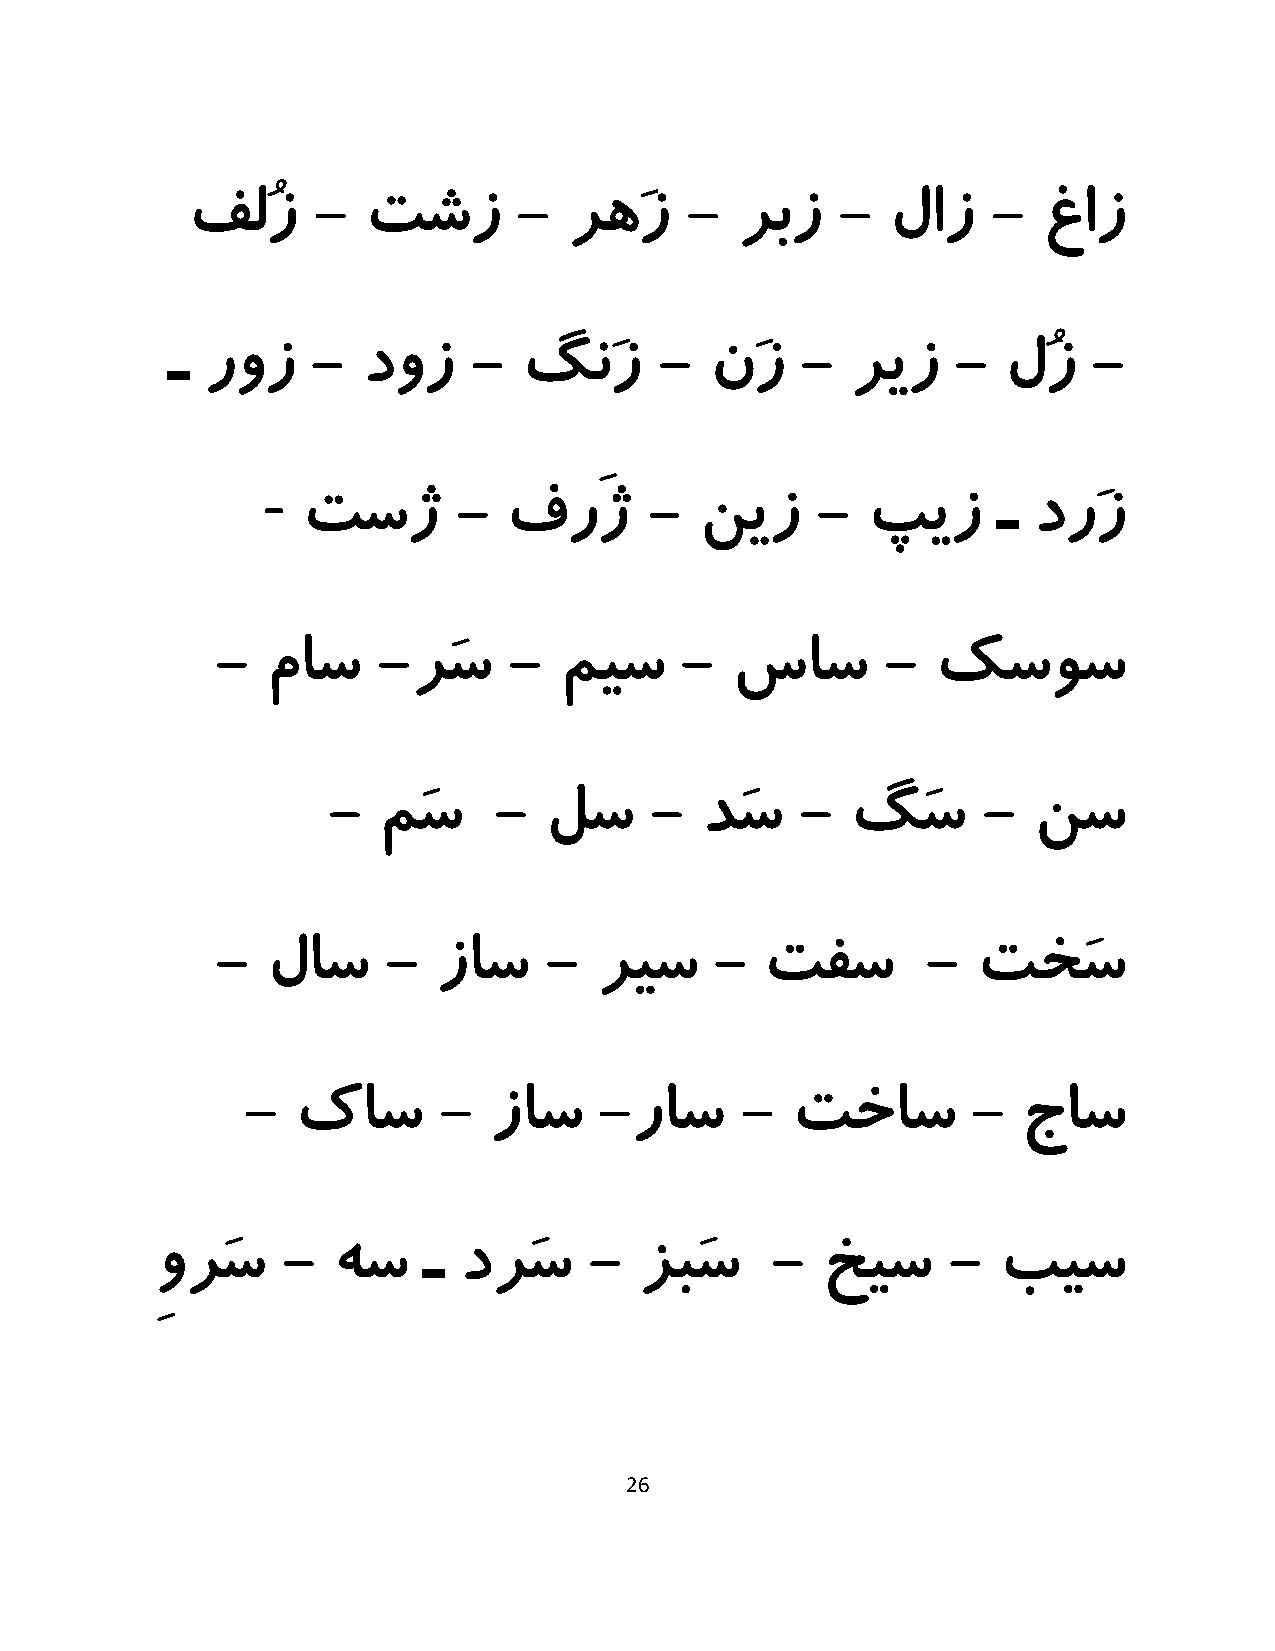
فلُز     -  تشز       -   رهَز   -   ربز   -   لاز    -  غاز
 ـ  روز    -  دوز    -   گنَز     -  نَز   -  ریز    -   لُز  -
 -
 تسژ       -  فرَژ      -  نیز     -  پیز      ـ درَز
 -   ماس    -رَس     -  میس     -  ساس        -  کسوس
 -  مَس     -  لس     -  دَس    -  گَس      -  نس
 -   لاس     -  زاس    -  ریس     -   تفس       -   تخَس
 -   کاس      -  زاس     -راس     -  تخاس        -   جاس
 ِورَس    -  هس    ـ درَس     -  زبَس     -  خیس      -  بیس
 26